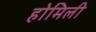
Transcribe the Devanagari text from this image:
होमिली